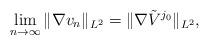
LaTeX: \begin{align*}\lim_{n\rightarrow \infty} \|\nabla v_n\|_{L^2} = \|\nabla \tilde{V}^{j_0}\|_{L^2},\end{align*}